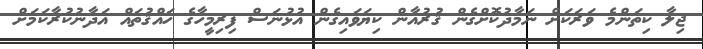
ޖިލާ ކިތަންމެ ވަރަކަށް ނަމާދުކޮށްގެން ޤުރުއާން ކިޔަވައިގެން އުޅުނަސް ފިރިމީހާގެ ހައްޤުތައް އަދާނުކުރާކަމަށް